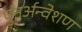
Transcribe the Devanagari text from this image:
पुनर्अन्वेशण